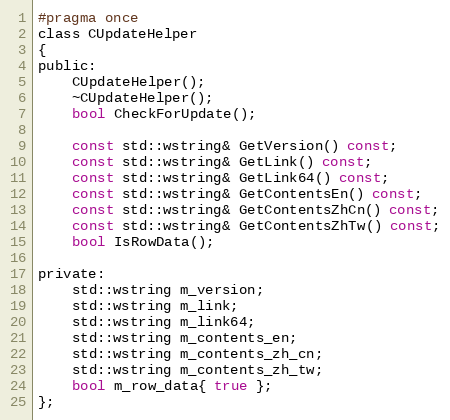
Language: C
#pragma once
class CUpdateHelper
{
public:
    CUpdateHelper();
    ~CUpdateHelper();
    bool CheckForUpdate();

    const std::wstring& GetVersion() const;
    const std::wstring& GetLink() const;
    const std::wstring& GetLink64() const;
    const std::wstring& GetContentsEn() const;
    const std::wstring& GetContentsZhCn() const;
    const std::wstring& GetContentsZhTw() const;
    bool IsRowData();

private:
    std::wstring m_version;
    std::wstring m_link;
    std::wstring m_link64;
    std::wstring m_contents_en;
    std::wstring m_contents_zh_cn;
    std::wstring m_contents_zh_tw;
    bool m_row_data{ true };
};